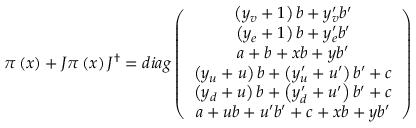
\pi \left( x \right) + J \pi \left( x \right) J ^ { \dagger } = d i a g \left( \begin{array} { c } { { \left( y _ { v } + 1 \right) b + y _ { v } ^ { \prime } b ^ { \prime } } } \\ { { \left( y _ { e } + 1 \right) b + y _ { e } ^ { \prime } b ^ { \prime } } } \\ { { a + b + x b + y b ^ { \prime } } } \\ { { \left( y _ { u } + u \right) b + \left( y _ { u } ^ { \prime } + u ^ { \prime } \right) b ^ { \prime } + c } } \\ { { \left( y _ { d } + u \right) b + \left( y _ { d } ^ { \prime } + u ^ { \prime } \right) b ^ { \prime } + c } } \\ { { a + u b + u ^ { \prime } b ^ { \prime } + c + x b + y b ^ { \prime } } } \end{array} \right)